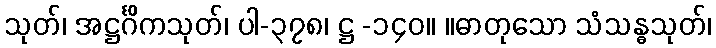
သုတ်၊ အဋ္ဌင်္ဂိကသုတ်၊ ပါ-၃၇၈၊ ဋ္ဌ -၁၄၀။ ။ဓာတုသော သံသန္ဓသုတ်၊